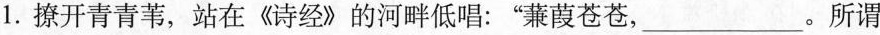
1.撩开青青苇，站在《诗经》的河畔低唱：”蒹葭苍苍，___。所谓